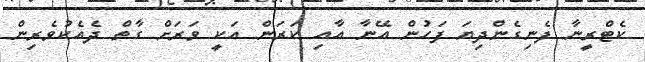
ކެޓްރީނާ ފެނިގެންދިޔަ ފަހުން އޭނާ އާއި ކަރަން އަކީ ވަރަށް ގާތް ދެއެކުވެރިން